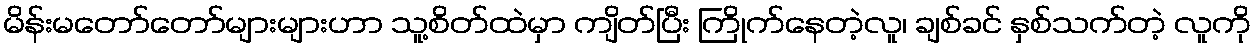
မိန်းမတော်တော်များများဟာ သူ့စိတ်ထဲမှာ ကျိတ်ပြီး ကြိုက်နေတဲ့လူ၊ ချစ်ခင် နှစ်သက်တဲ့ လူကို